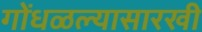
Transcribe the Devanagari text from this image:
गोंधळल्यासारखी